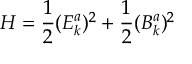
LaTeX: { \cal H } = \frac 1 2 ( E _ { k } ^ { a } ) ^ { 2 } + \frac 1 2 ( B _ { k } ^ { a } ) ^ { 2 }